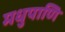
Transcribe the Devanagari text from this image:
मधुपाणि